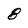
Character: 8